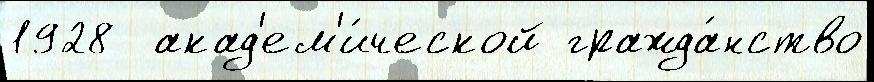
1928  акад'ем'и́ческой гражда́нство